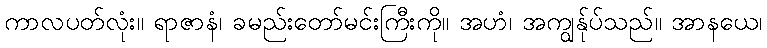
ကာလပတ်လုံး။ ရာဇာနံ၊ ခမည်းတော်မင်းကြီးကို။ အဟံ၊ အကျွန်ုပ်သည်။ အာနယေ၊